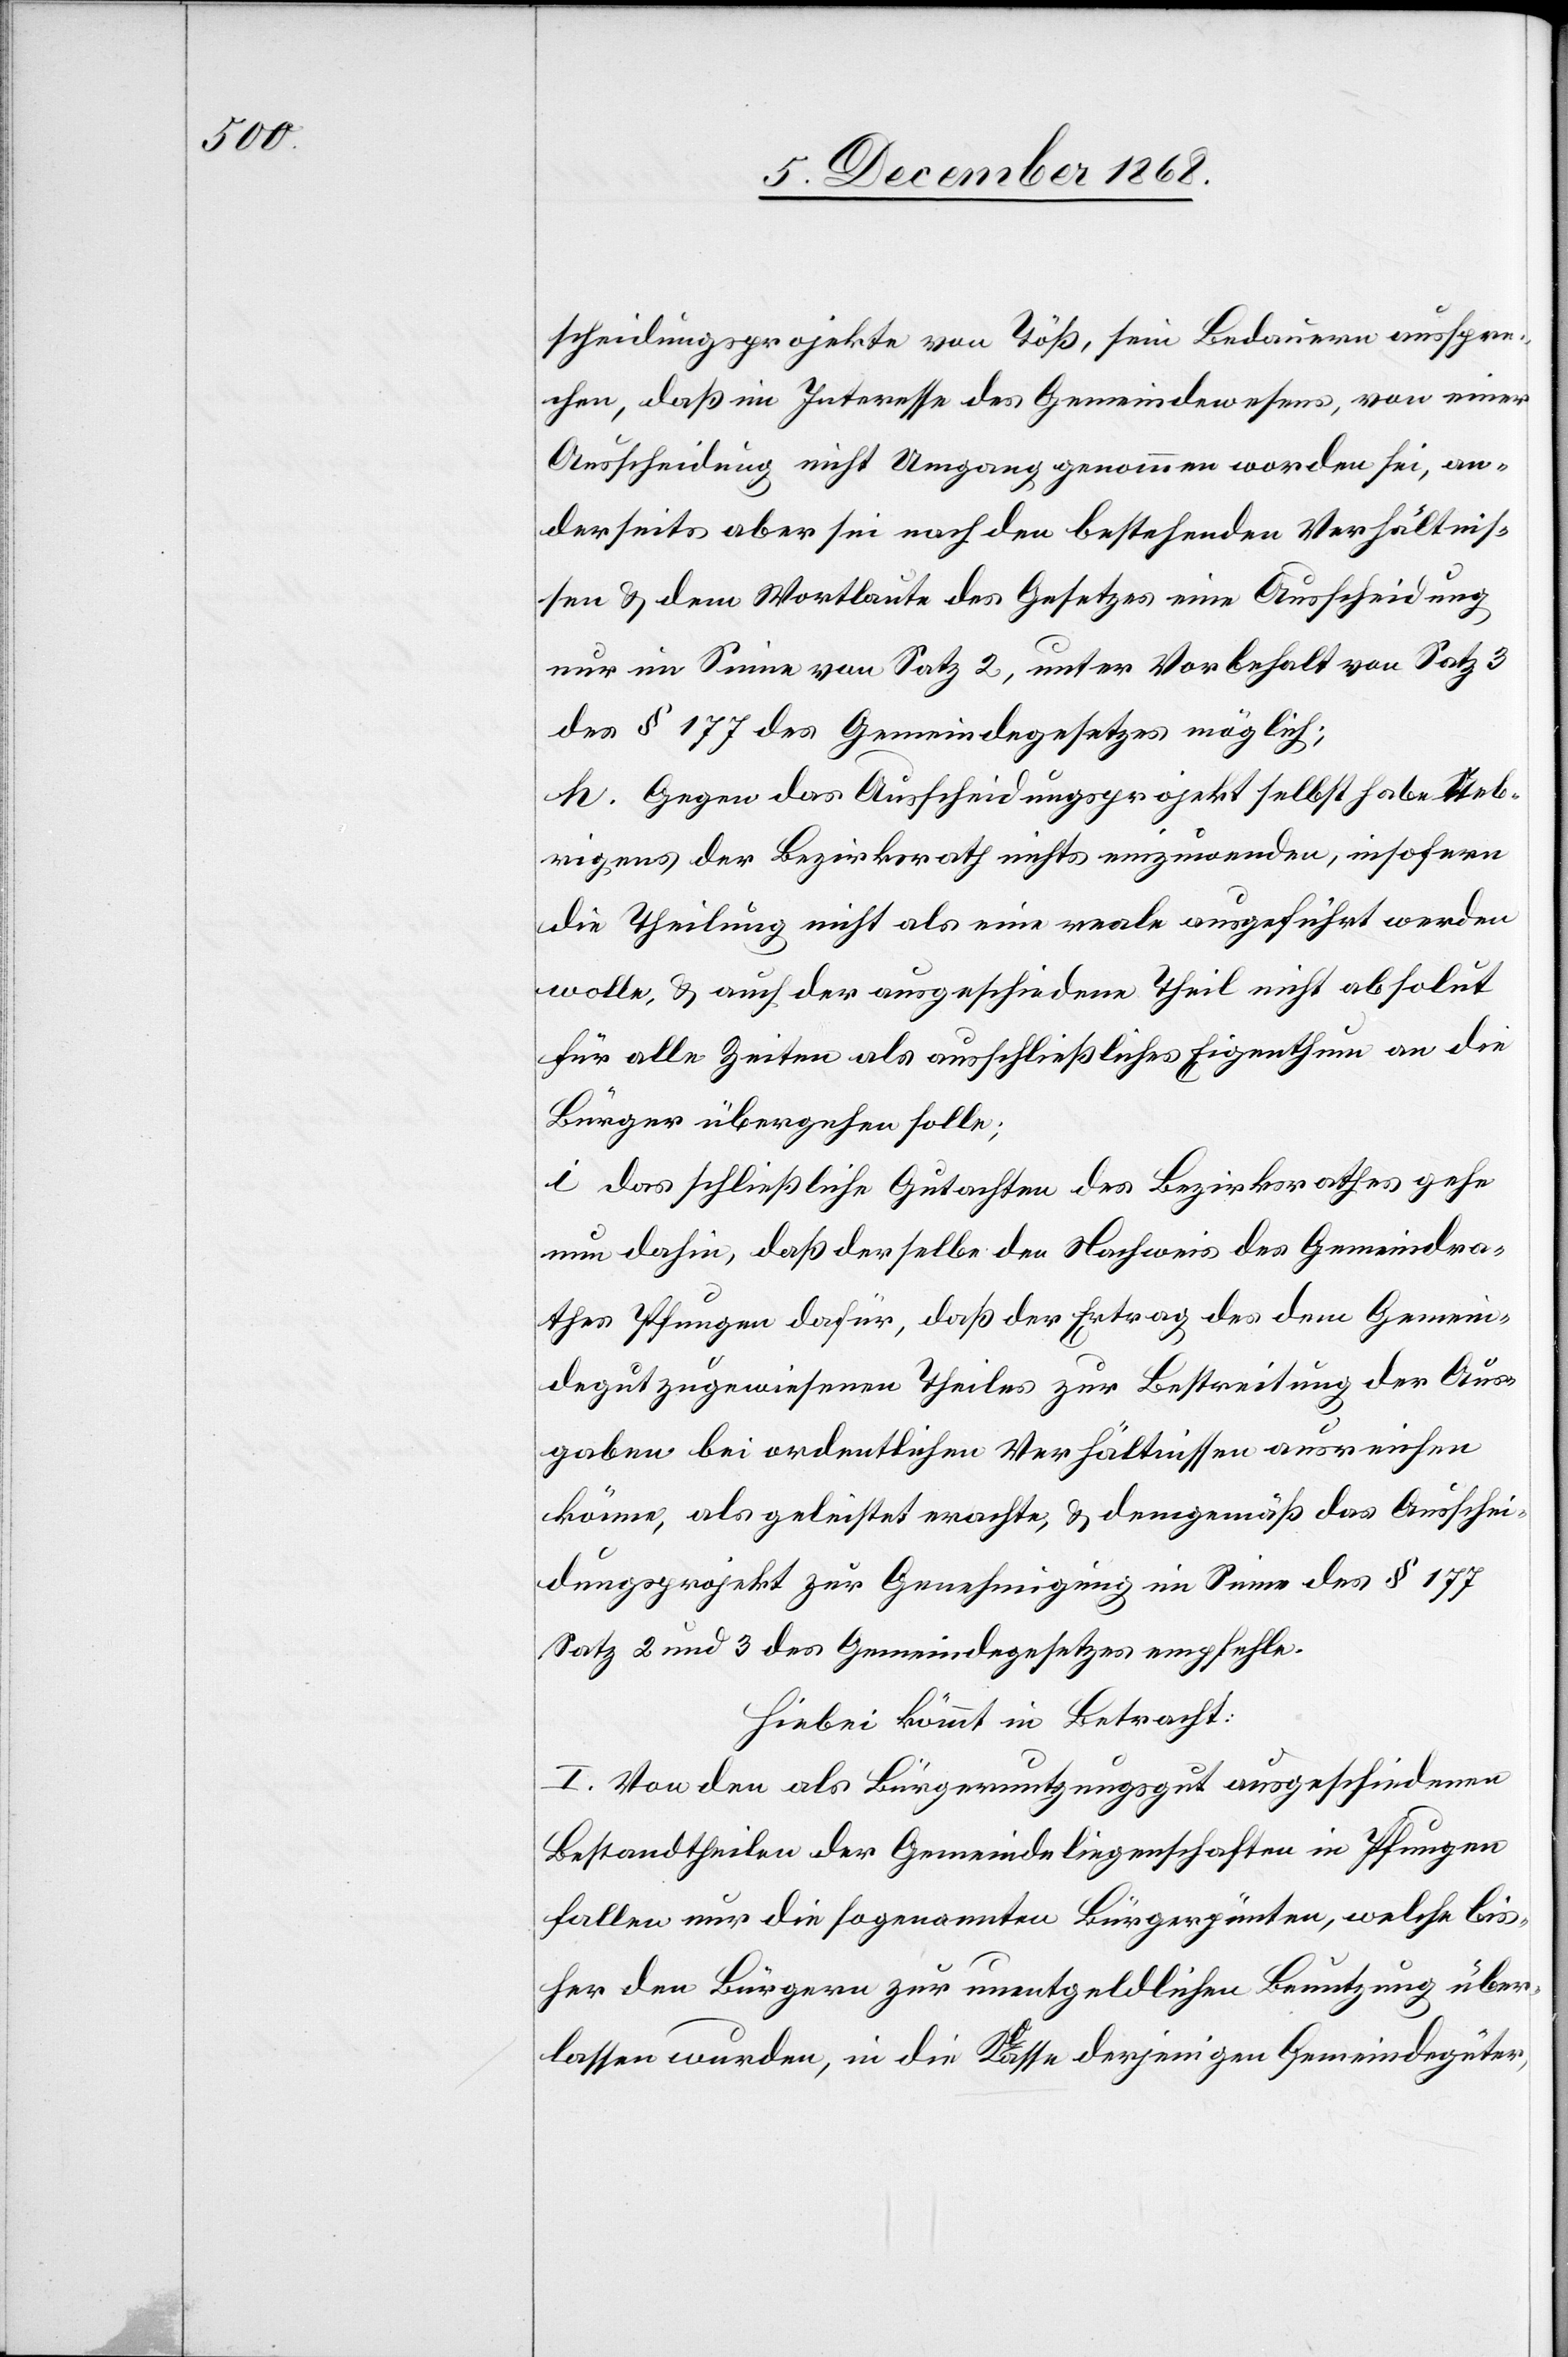
scheidungsprojekte von Töß, sein Bedauern ausspre¬
chen, daß im Interesse des Gemeindewesens, von einer
Ausscheidung nicht Umgang genommen worden sei, an¬
derseits aber sei nach den bestehenden Verhältnis¬
sen & dem Wortlaute des Gesetzes eine Ausscheidung
nur im Sinne von Satz 2, unter Vorbehalt von Satz 3
des § 177 des Gemeindegesetzes möglich;
h. Gegen das Ausscheidungsprojekt selbst habe ueb¬
rigens der Bezirksrath nichts einzuwenden, insofern
die Theilung nicht als eine reale ausgeführt werden
wolle, & auch der ausgeschiedene Theil nicht absolut
für alle Zeiten als ausschließliches Eigenthum an die
Bürger übergehen solle;
i. Das schließliche Gutachten des Bezirksrathes gehe
nun dahin, daß derselbe den Nachweis des Gemeindra¬
thes Pfungen dafür, daß der Ertrag des dem Gemein¬
degut zugewiesenen Theiles zur Bestreitung der Aus¬
gaben bei ordentlichen Verhältnissen ausreichen
könne, als geleistet erachte & demgemäß das Ausschei¬
dungsprojekt zur Genehmigung im Sinne des § 177
Satz 2 und 3 des Gemeindegesetzes empfehle.
Hiebei kömmt in Betracht:
I. Von den als Bürgernutzungsgut ausgeschiedenen
Bestandtheilen der Gemeindeliegenschaften in Pfungen
fallen nur die sogenannten Bürgerpünten, welche bis¬
her den Bürgern zur unentgeldlichen Benutzung über¬
lassen wurden, in die Klasse derjenigen Gemeindegüter,